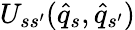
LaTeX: {U}_{ss^{\prime}}(\hat{q}_{s},\hat{q}_{s^{\prime}})